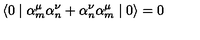
\langle 0 \mid { \alpha } _ { m } ^ { \mu } { \alpha } _ { n } ^ { \nu } + { \alpha } _ { n } ^ { \nu } { \alpha } _ { m } ^ { \mu } \mid 0 \rangle = 0